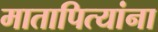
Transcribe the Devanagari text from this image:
मातापित्यांना